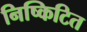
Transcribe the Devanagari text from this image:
निष्किटित